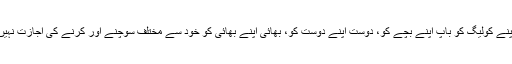
کولیگ اپنے کولیگ کو باپ اپنے بچے کو، دوست اپنے دوست کو، بھائی اپنے بھائی کو خود سے مختلف سوچنے اور کرنے کی اجازت نہیں دے گا۔